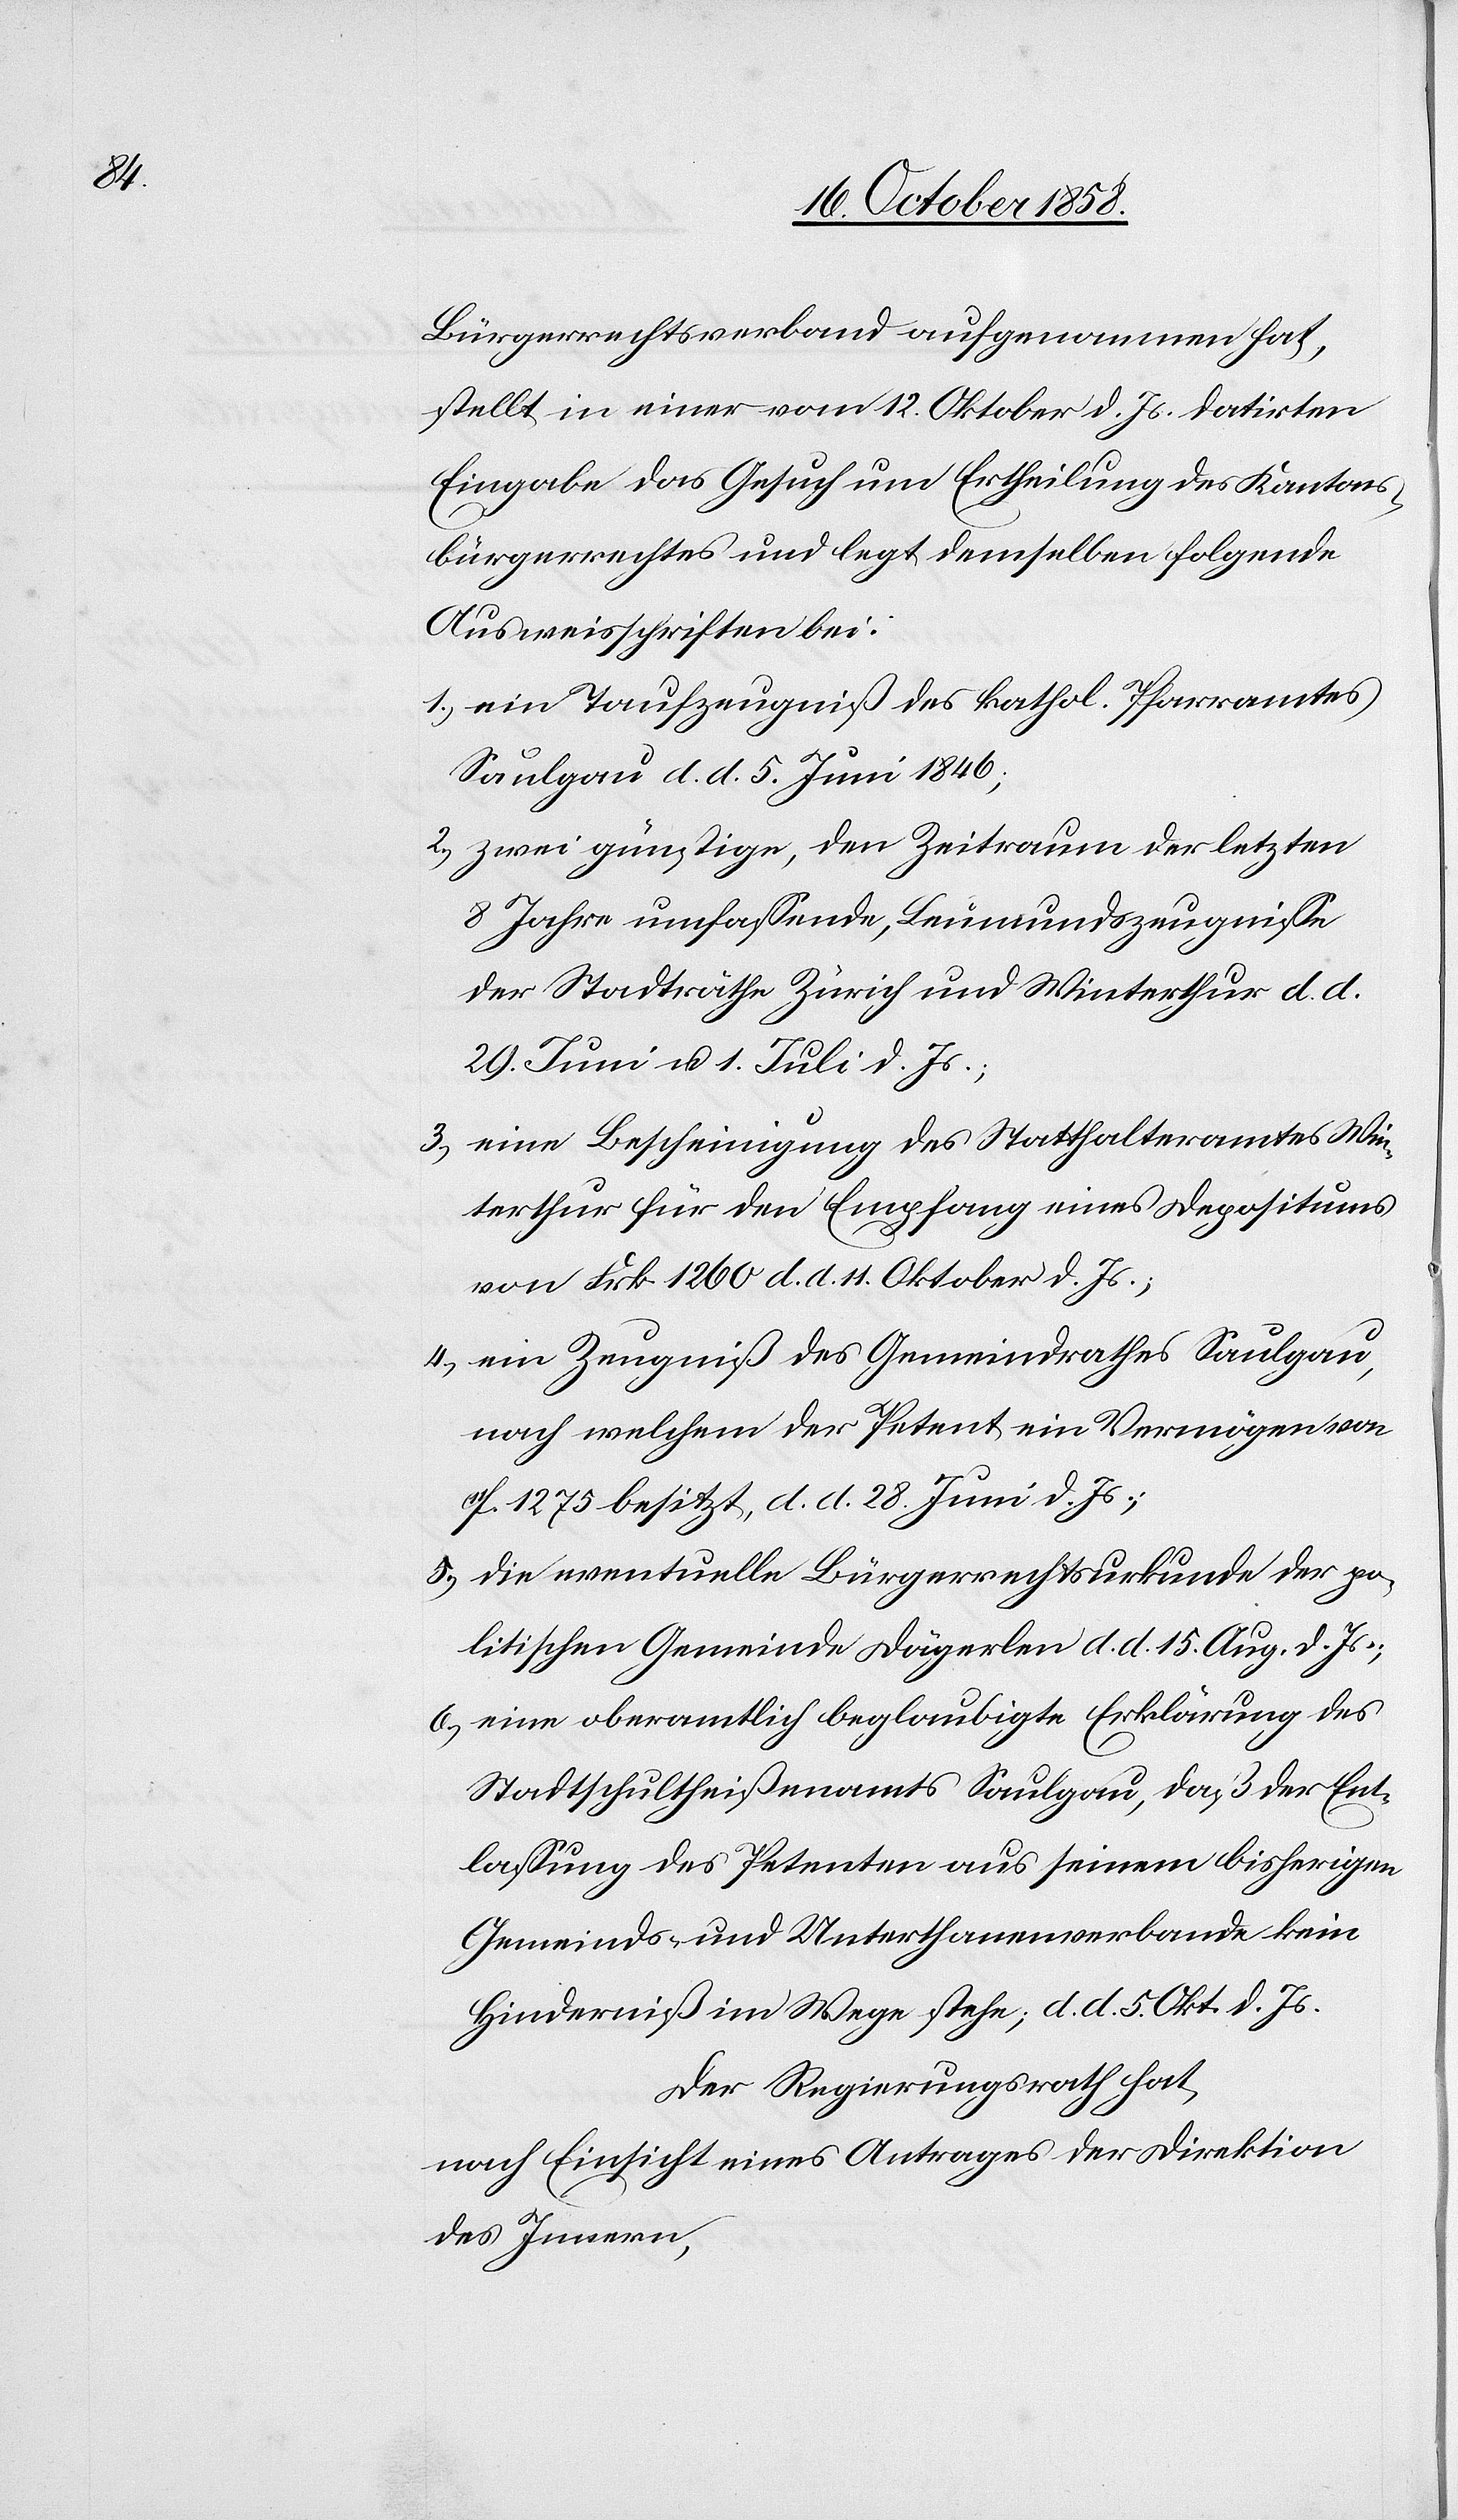
Bürgerrechtsverband aufgenommen hat,
stellt in einer vom 12. Oktober d. Js. datirten
Eingabe das Gesuch um Ertheilung des Kantons¬
bürgerrechtes und legt demselben folgende
Ausweisschriften bei:
ein Taufzeugniß des kathol. Pfarramtes
Saulgau d. d. 5. Juni 1846;
zwei günstige, den Zeitraum der letzten
8 Jahre umfassende, Leumundszeugnisse
der Stadträthe Zürich und Winterthur d. d.
29. Juni u. 1. Juli d. Js.;
eine Bescheinigung des Statthalteramtes Win¬
terthur für den Empfang eines Depositums
von Frk. 1260 d. d. 11. Oktober d. Js.;
ein Zeugniß des Gemeindrathes Saulgau,
nach welchem der Petent ein Vermögen von
11fl. 1275 besitzt, d. d. 28. Juni d. Js.;
die eventuelle Bürgerrechtsurkunde der po¬
litischen Gemeinde Dägerlen d. d. 15. Aug. d. Js.;
eine oberamtlich beglaubigte Erklärung des
Stadtschultheißenamts Saulgau, daß der Ent¬
lassung des Petenten aus seinem bisherigen
Gemeinds- und Unterthanenverbande kein
Hinderniß im Wege stehe; d. d. 5. Okt. d. Js.
Der Regierungsrath hat,
nach Einsicht eines Antrages der Direktion
des Innern,